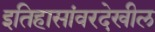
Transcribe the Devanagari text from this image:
इतिहासांवरदेखील